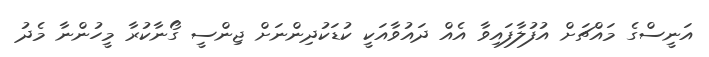
އަނީސްގެ މައްޗަށް އުފުލާފައިވާ އެއް ދައުވާއަކީ ކުޑަކުދިންނަށް ޖިންސީ ގޯނާކުރާ މީހުންނާ މެދު